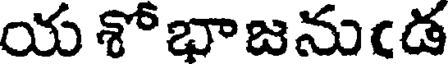
య శోభాజనుఁడ